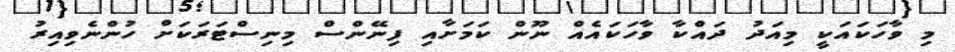
މި ވާހަކައަކީ މިއަދު ދައްކާ ވާހަކައެއް ނޫން ކަމަށާއި ފިނޭންސް މިނިސްޓަރަކަށް ހުންނެވިއިރު